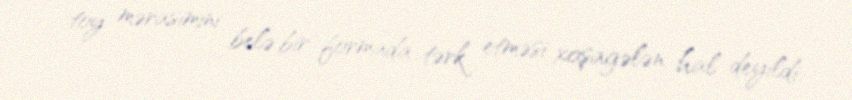
toy mərasimini belə bir formada tərk etməsi xoşagələn hal deyildi.